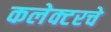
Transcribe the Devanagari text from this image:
कलेक्टरचे